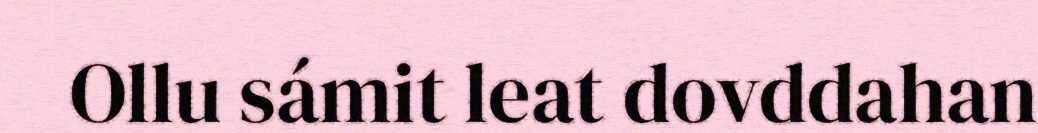
Ollu sámit leat dovddahan